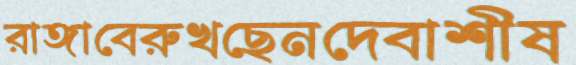
রাঙ্গাবেরুখছেনদেবাশীষ